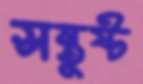
সন্তুষ্ট